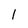
Character: l